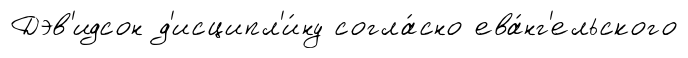
Дэв'идсон д'исципл'и́ну согла́сно ева́нг'ельского